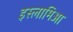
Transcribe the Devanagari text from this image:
इस्लामिआ